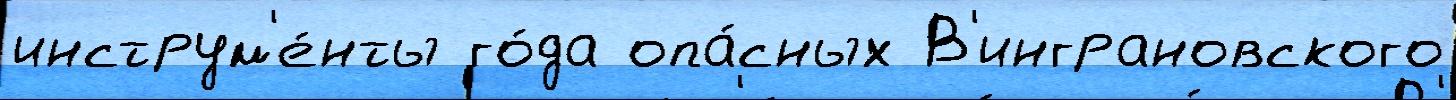
инструм'е́нты го́да опа́сных В'инграновского